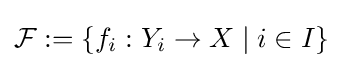
{\mathcal {F}}:=\left\{f_{i}:Y_{i}\to X\mid i\in I\right\}